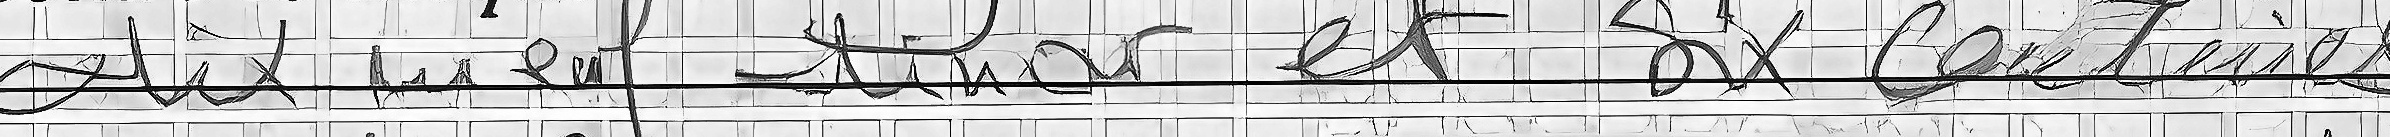
dix neuf dinar et six centimes